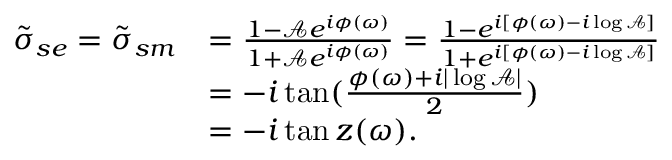
\begin{array} { r l } { \tilde { \sigma } _ { s e } = \tilde { \sigma } _ { s m } } & { = \frac { 1 - \mathcal { A } e ^ { i \phi ( \omega ) } } { 1 + \mathcal { A } e ^ { i \phi ( \omega ) } } = \frac { 1 - e ^ { i [ \phi ( \omega ) - i \log \mathcal { A } ] } } { 1 + e ^ { i [ \phi ( \omega ) - i \log \mathcal { A } ] } } } \\ & { = - i \tan ( \frac { \phi ( \omega ) + i | \log \mathcal { A } | } { 2 } ) } \\ & { = - i \tan z ( \omega ) . } \end{array}